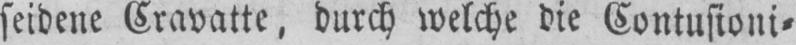
seidene Cravatte, durch welche die Contusioni⸗